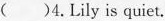
()4.Lily is quiet.